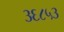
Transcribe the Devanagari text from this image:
३६८५३